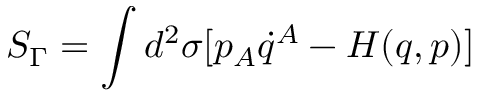
S _ { \Gamma } = \int d ^ { 2 } \sigma [ p _ { A } \dot { q } ^ { A } - H ( q , p ) ]